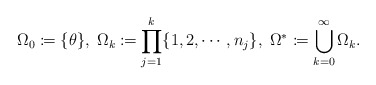
\begin{align*}\Omega_{0}\coloneqq\{\theta\},\;\Omega_{k}\coloneqq\prod_{j=1}^{k}\{1,2,\cdots,n_{j}\},\;\Omega^{*}\coloneqq\bigcup_{k=0}^{\infty}\Omega_{k}.\end{align*}